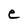
Character: e